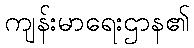
ကျန်းမာရေးဌာန၏